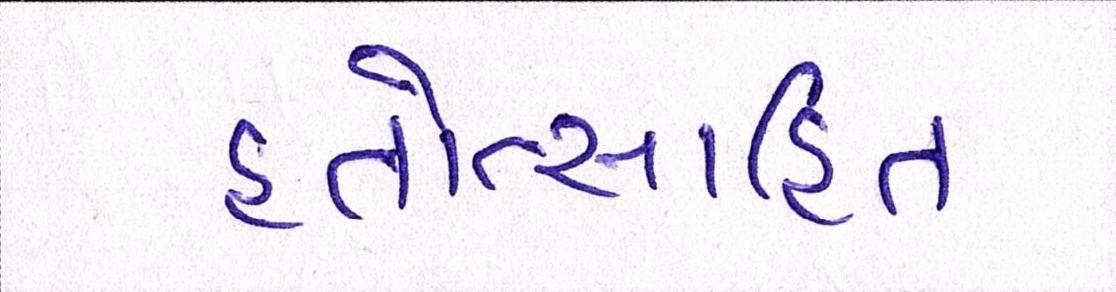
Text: હતોત્સાહિત